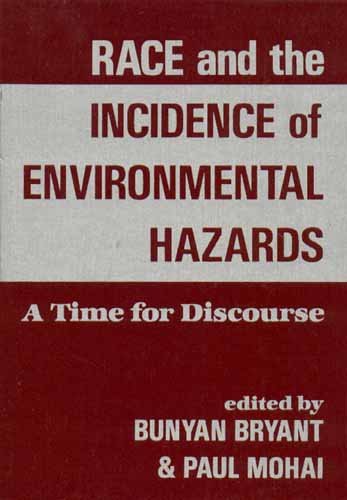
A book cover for Race And The Incidence Of Environmental Hazards: A Time For Discourse; Bunyan Bryant; Science & Math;